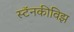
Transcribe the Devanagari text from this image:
स्टॅनकीविझ